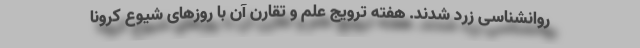
روانشناسی زرد شدند. هفته ترویج علم و تقارن آن با روزهای شیوع کرونا